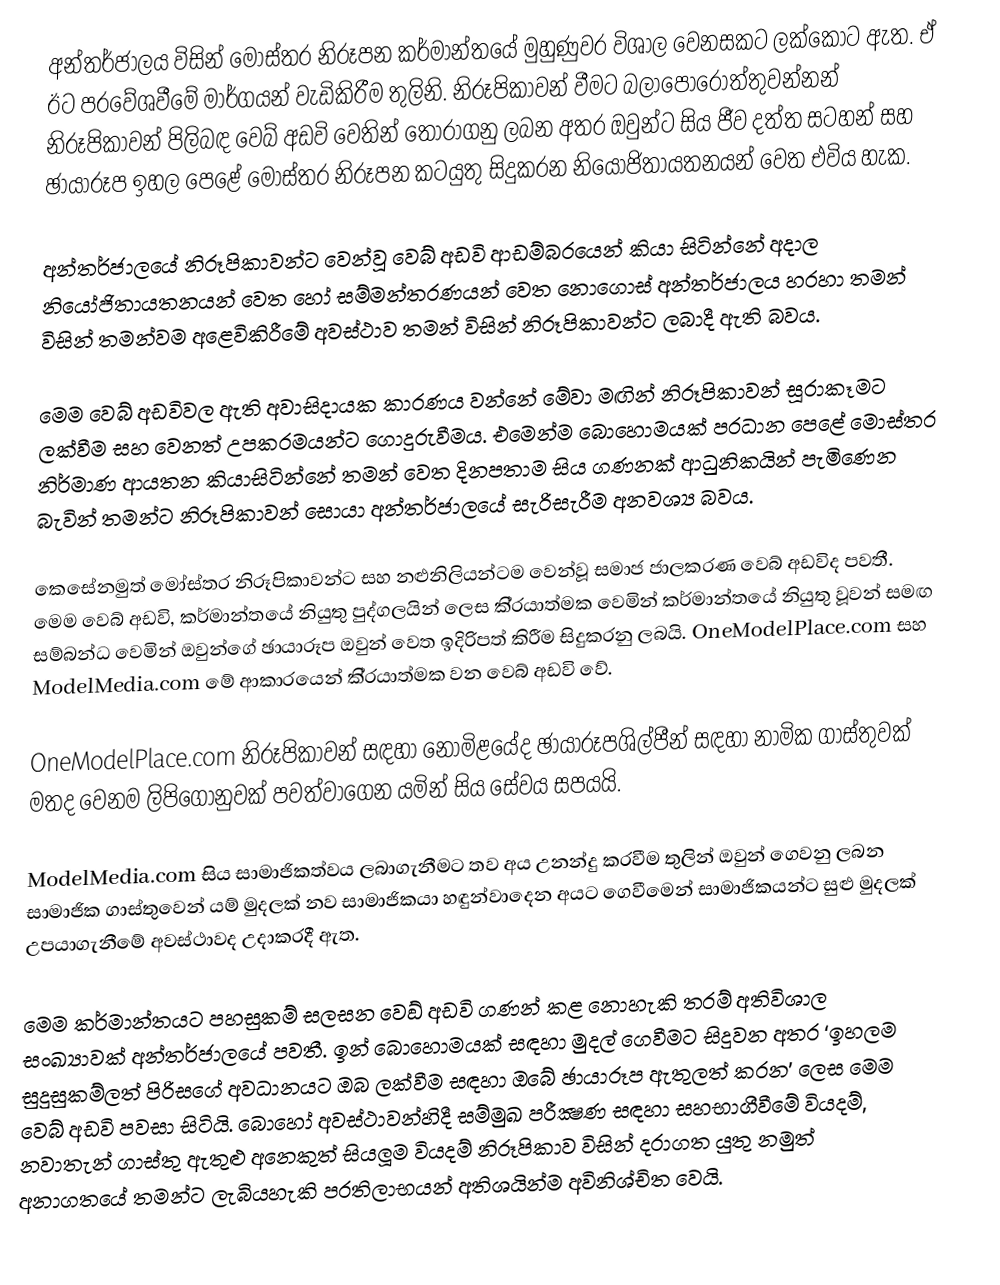
අන්තර්ජාලය විසින් මෝස්තර නිරූපන කර්මාන්තයේ මුහුණුවර විශාල වෙනසකට ලක්කොට ඇත. ඒ ඊට ප‍්‍රවේශවීමේ මාර්ගයන් වැඩිකිරීම තුලිනි. නිරූපිකාවන් වීමට බලාපොරොත්තුවන්නන් නිරූපිකාවන් පිලිබඳ වෙබ් අඩවි වෙතින් තොරාගනු ලබන අතර ඔවුන්ට සිය ජීව දත්ත සටහන් සහ ඡායාරූප ඉහල පෙළේ මෝස්තර නිරූපන කටයුතු සිදුකරන නියෝජිතායතනයන් වෙත එවිය හැක.

අන්තර්ජාලයේ නිරූපිකාවන්ට වෙන්වූ වෙබ් අඩවි ආඩම්බරයෙන් කියා සිටින්නේ අදාල නියෝජිතායතනයන් වෙත හෝ සම්මන්ත‍්‍රණයන් වෙත නොගොස් අන්තර්ජාලය හරහා තමන් විසින් තමන්වම අළෙවිකිරීමේ අවස්ථාව තමන් විසින් නිරූපිකාවන්ට ලබාදී ඇති බවය.

මෙම වෙබ් අඩවිවල ඇති අවාසිදායක කාරණය වන්නේ මේවා මඟින් නිරූපිකාවන් සූරාකෑමට ලක්වීම සහ වෙනත් උපක‍්‍රමයන්ට ගොදුරුවීමය. එමෙන්ම බොහොමයක් ප‍්‍රධාන පෙළේ මොස්තර නිර්මාණ ආයතන කියාසිටින්නේ තමන් වෙත දිනපතාම සිය ගණනක් ආධුනිකයින් පැමිණෙන බැවින් තමන්ට නිරූපිකාවන් සොයා අන්තර්ජාලයේ සැරිසැරීම අනවශ්‍ය බවය.

කෙසේනමුත් මෝස්තර නිරූපිකාවන්ට සහ නළුනිලියන්ටම වෙන්වූ සමාජ ජාලකරණ වෙබ් අඩවිද පවතී. මෙම වෙබ් අඩවි, කර්මාන්තයේ නියුතු පුද්ගලයින් ලෙස කි‍්‍රයාත්මක වෙමින් කර්මාන්තයේ නියුතු වූවන් සමඟ සම්බන්ධ වෙමින් ඔවුන්ගේ ඡායාරූප ඔවුන් වෙත ඉදිරිපත් කිරීම සිදුකරනු ලබයි. OneModelPlace.com සහ ModelMedia.com මේ ආකාරයෙන් කි‍්‍රයාත්මක වන වෙබ් අඩවි වේ.

OneModelPlace.com නිරූපිකාවන් සඳහා නොමිළයේද ඡායාරූපශිල්පීන් සඳහා නාමික ගාස්තුවක් මතද වෙනම ලිපිගොනුවක් පවත්වාගෙන යමින් සිය සේවය සපයයි.

ModelMedia.com සිය සාමාජිකත්වය ලබාගැනීමට තව අය උනන්දු කරවීම තුලින් ඔවුන් ගෙවනු ලබන සාමාජික ගාස්තුවෙන් යම් මුදලක් නව සාමාජිකයා හඳුන්වාදෙන අයට ගෙවීමෙන් සාමාජිකයන්ට සුළු මුදලක් උපයාගැනීමේ අවස්ථාවද උදාකරදී ඇත.

මෙම කර්මාන්තයට පහසුකම් සලසන වෙඞ් අඩවි ගණන් කළ නොහැකි තරම් අතිවිශාල සංඛ්‍යාවක් අන්තර්ජාලයේ පවතී. ඉන් බොහොමයක් සඳහා මුදල් ගෙවීමට සිදුවන අතර ‘ඉහලම සුදුසුකම්ලත් පිරිසගේ අවධානයට ඔබ ලක්වීම සඳහා ඔබේ ඡායාරූප ඇතුලත් කරන’ ලෙස මෙම වෙබ් අඩවි පවසා සිටියි. බොහෝ අවස්ථාවන්හිදී සම්මුඛ පරීක්‍ෂණ සඳහා සහභාගීවීමේ වියදම්, නවාතැන් ගාස්තු ඇතුළු අනෙකුත් සියලූම වියදම් නිරූපිකාව විසින් දරාගත යුතු නමුත් අනාගතයේ තමන්ට ලැබියහැකි ප‍්‍රතිලාභයන් අතිශයින්ම අවිනිශ්චිත වෙයි.